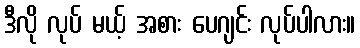
ဒီလို လုပ် မယ့် အစား ပေဂျင်း လုပ်ပါလား။